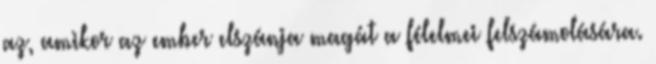
az, amikor az ember elszánja magát a félelmei felszámolására.